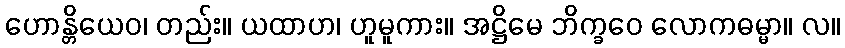
ဟောန္တိယေဝ၊ တည်း။ ယထာဟ၊ ဟူမူကား။ အဋ္ဌိမေ ဘိက္ခဝေ လောကဓမ္မာ။ လ။